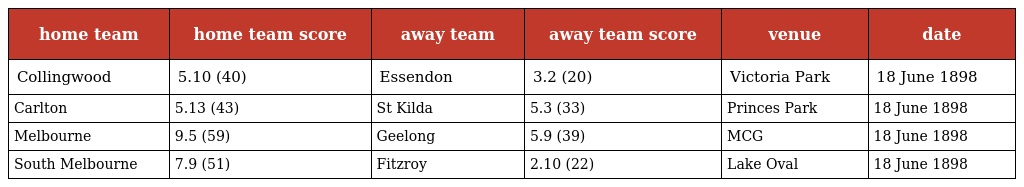
| home team | home team score | away team | away team score | venue | date |
 | --- | --- | --- | --- | --- | --- |
 | Collingwood | 5.10 (40) | Essendon | 3.2 (20) | Victoria Park | 18 June 1898 |
 | Carlton | 5.13 (43) | St Kilda | 5.3 (33) | Princes Park | 18 June 1898 |
 | Melbourne | 9.5 (59) | Geelong | 5.9 (39) | MCG | 18 June 1898 |
 | South Melbourne | 7.9 (51) | Fitzroy | 2.10 (22) | Lake Oval | 18 June 1898 |